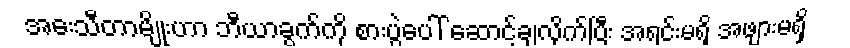
အေးသီတာမျိုးဟာ ဘီယာခွက်ကို စားပွဲပေါ် ဆောင့်ချလိုက်ပြီး အရင်းမရှိ အဖျားမရှိ